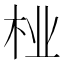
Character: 𱣇